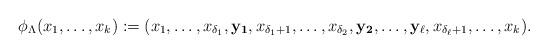
LaTeX: \begin{align*} \phi_{\Lambda}(x_1, \ldots, x_k) := (x_1, \ldots, x_{\delta_1}, {\bf y_{1}}, x_{\delta_1+1}, \ldots, x_{\delta_2}, {\bf y_{2}}, \ldots, {\bf y_{\ell}}, x_{\delta_{\ell}+1}, \ldots, x_{k}) . \end{align*}